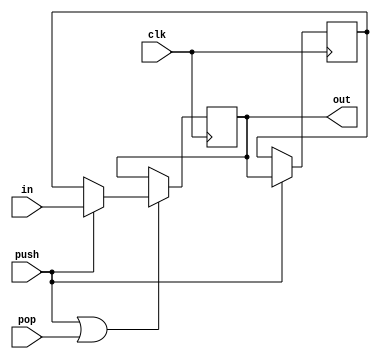
`timescale 1ns / 1ps
//////////////////////////////////////////////////////////////////////////////////
// Company: 
// 
// Design Name: 
// Module Name: Stack
// Project Name: 
// Target Devices: 
// Tool Versions: 
// Description: 
// 
// Dependencies: 
// 
// Revision:
// Revision 0.01 - File Created
// Additional Comments:
// 
//////////////////////////////////////////////////////////////////////////////////

module Stack (
	input clk,
	input push,
	input pop,
	input [8:0] in,
	output [8:0] out
	);

	//									 ---------------
	//									|	 Stack  2	| <-- 
	//									 ---------------	  ^  push
	//	in 	=	Stack_1_next 	=>		|	 Stack  1	| --> ^
	//	   push				push||pop	 ---------------
	//										   ||
	//										   out

	// PUSH:
	//			in =  Stack_1 => Stack_2
	// POP:
	//			Stack_2 => Stack_1 = out
	// OTHER:
	//			Stack_1 = out

	reg		[8:0] Stack_1, Stack_2;

	wire	[8:0] Stack_1_next = push ? in : Stack_2;

	always @(posedge clk) begin
		if (push || pop) 	Stack_1 <= Stack_1_next;
		else  				Stack_1 <= Stack_1;
	end

	always @(posedge clk) begin
		if (push)	Stack_2 <= Stack_1;
		else 		Stack_2 <= Stack_2; 
	end

	assign out = Stack_1;

endmodule